Civil Veterinary Dept. Assam report 1927-50 - 1927-1950
Year: 1927
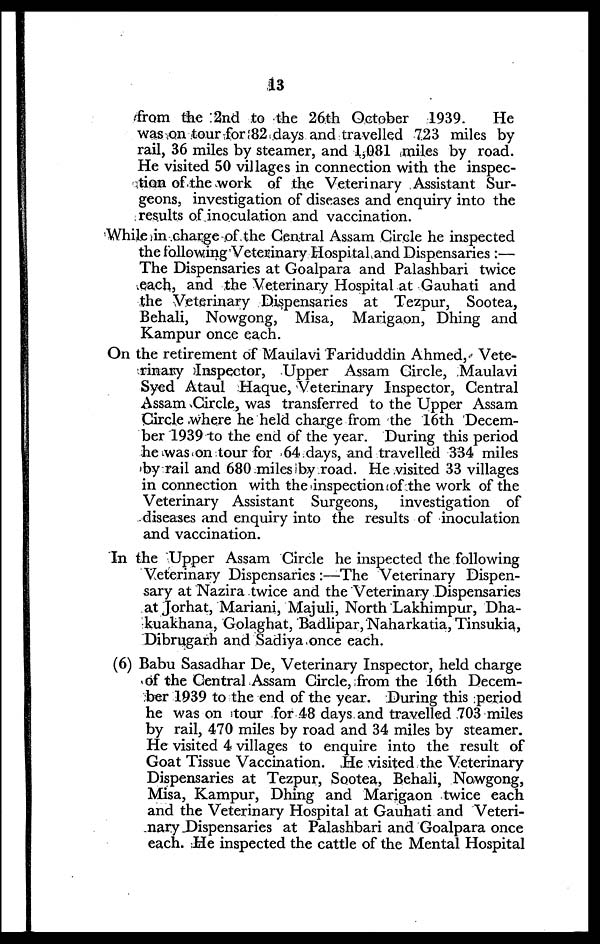
13
from the 2nd to the 26th October 1939.
He
was on tour for 82 days and travelled 723 miles by
rail, 36 miles by steamer, and 1,081 miles by road.
He visited 50 villages in connection with the inspec-
tion of the work of the Veterinary Assistant Sur-
geons, investigation of diseases and enquiry into the
results of inoculation and vaccination.
While in charge of the Central Assam Circle he inspected
the following Veterinary Hospital and Dispensaries :—
The Dispensaries at Goalpara and Palashbari twice
each, and the Veterinary Hospital at Gauhati and
the Veterinary Dispensaries at Tezpur, Sootea,
Behali, Nowgong, Misa, Marigaon, Dhing and
Kampur once each.
On the retirement of Maulavi Fariduddin Ahmed, Vete-
rinary Inspector, Upper Assam Circle, Maulavi
Syed Ataul Haque, Veterinary Inspector, Central
Assam Circle, was transferred to the Upper Assam
Circle where he held charge from the 16th Decem-
ber 1939 to the end of the year. During this period
he was on tour for 64 days, and travelled 334 miles
by rail and 680 miles by road. He visited 33 villages
in connection with the inspection of the work of the
Veterinary Assistant Surgeons, investigation of
diseases and enquiry into the results of inoculation
and vaccination.
In the Upper Assam Circle he inspected the following
Veterinary Dispensaries :—The Veterinary Dispen-
sary at Nazira twice and the Veterinary Dispensaries
at Jorhat, Mariani, Majuli, North Lakhimpur, Dha-
kuakhana, Golaghat, Badlipar, Naharkatia, Tinsukia,
Dibrugarh and Sadiya once each.
(6) Babu Sasadhar De, Veterinary Inspector, held charge
of the Central Assam Circle, from the 16th Decem-
ber 1939 to the end of the year. During this period
he was on tour for 48 days and travelled 703 miles
by rail, 470 miles by road and 34 miles by steamer.
He visited 4 villages to enquire into the result of
Goat Tissue Vaccination. He visited the Veterinary
Dispensaries at Tezpur, Sootea, Behali, Nowgong,
Misa, Kampur, Dhing and Marigaon twice each
and the Veterinary Hospital at Gauhati and Veteri-
nary Dispensaries at Palashbari and Goalpara once
each. He inspected the cattle of the Mental Hospital